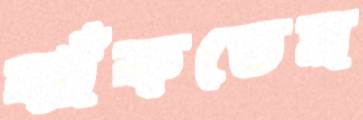
ঝাঁকতেম